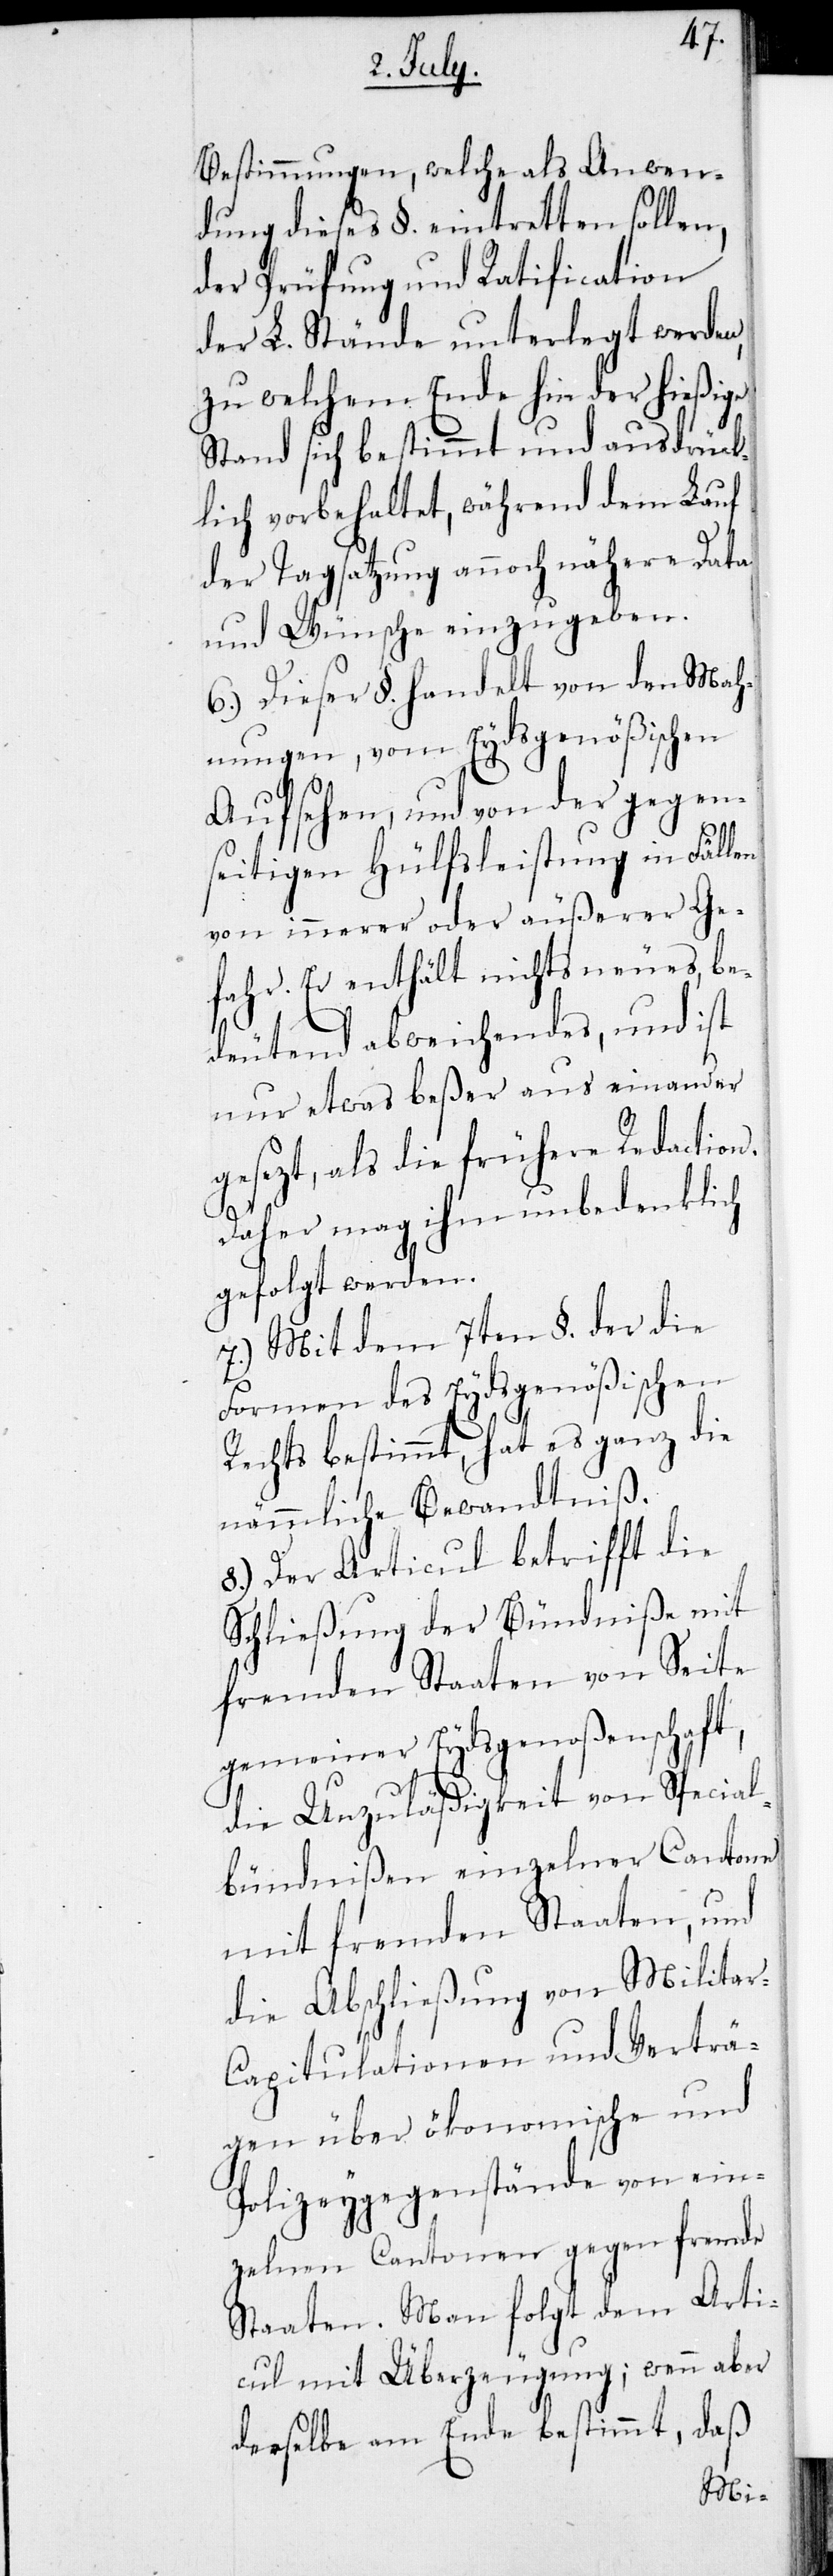
Bestimmungen, welche als Anwen¬
dung dieses §. eintretten sollen,
der Prüfung und Ratification
der L. Stände unterlegt werden,
zu welchem Ende hin der hießige
Sand sich bestimmt und ausdrück¬
lich vorbehaltet, während dem Lauf
der Tagsatzung annoch nähere Data
und Wünsche einzugeben.
6.) Dieser §. handelt von den Mah¬
nungen, vom Eydsgenößischen
Aufsehen, und von der gegen¬
seitigen Hülfsleistung in Fällen
von innerer oder äußerer Ge¬
fahr. Er enthält nichts neues, be¬
deutend abweichendes, und ist
nur etwas beßer aus einander
gesezt, als die frühere Redaction,
daher mag ihm unbedenklich
gefolgt werden.
7.) Mit dem 7ten §. der die
Formen des Eydsgenößischen
Rechts bestimmt, hat es ganz die
nämmliche Bewandtniß.
8.) Der Articul betrifft die
Schließung der Bündniße mit
fremden Staaten von Seite
gemeiner Eydsgenoßenschaft,
die Unzuläßigkeit von Special¬
lbündnißen einzelner Cantone
mit fremden Staaten, und
die Abschließung von Milita¬
r-Capitulationen und Verträ¬
gen über ökonomische und
Polizeygegenstände von ein¬
zelnen Cantonen gegen fremde
Staaten. Man folgt dem Arti¬
cul mit Überzeugung; wenn aber
derselbe am Ende bestimmt, daß